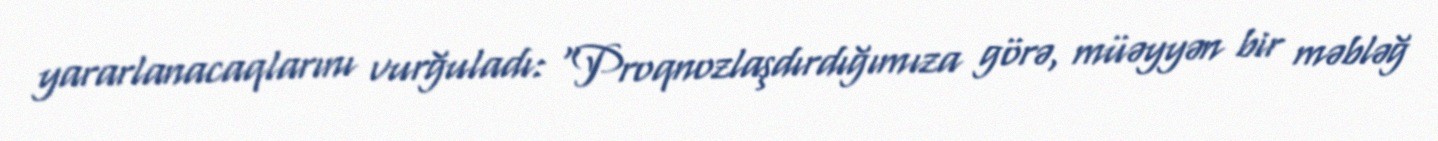
yararlanacaqlarını vurğuladı: “Proqnozlaşdırdığımıza görə, müəyyən bir məbləğ